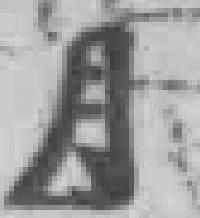
月